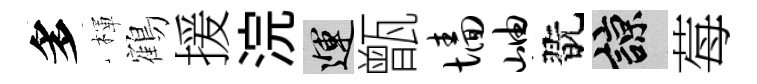
多楎鶴援浣運甑墙岫翫諒莓